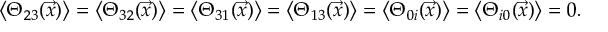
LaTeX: \left\langle \Theta _ { 2 3 } ( \vec { x } ) \right\rangle = \left\langle \Theta _ { 3 2 } ( \vec { x } ) \right\rangle = \left\langle \Theta _ { 3 1 } ( \vec { x } ) \right\rangle = \left\langle \Theta _ { 1 3 } ( \vec { x } ) \right\rangle = \left\langle \Theta _ { 0 i } ( \vec { x } ) \right\rangle = \left\langle \Theta _ { i 0 } ( \vec { x } ) \right\rangle = 0 .